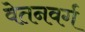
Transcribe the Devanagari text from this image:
वेतनवर्ग